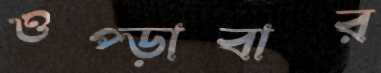
ওপ্‌ড়াবার